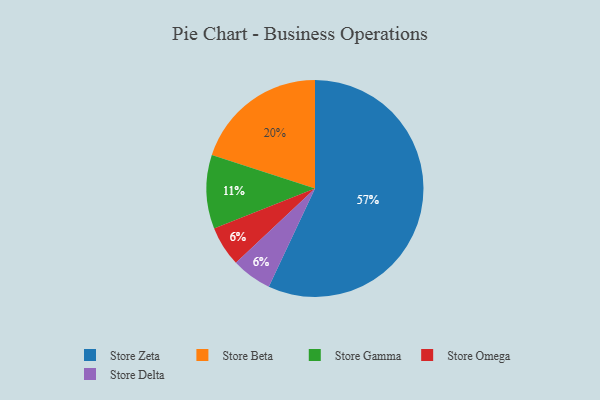
{"axis": {"x": "Category", "y": "Percentage"}, "legend": ["Store Beta", "Store Delta", "Store Gamma", "Store Omega", "Store Zeta"], "data": [{"x": "Store Beta", "y": 20, "type": "Store Beta"}, {"x": "Store Omega", "y": 6, "type": "Store Omega"}, {"x": "Store Delta", "y": 6, "type": "Store Delta"}, {"x": "Store Zeta", "y": 57, "type": "Store Zeta"}, {"x": "Store Gamma", "y": 11, "type": "Store Gamma"}]}